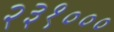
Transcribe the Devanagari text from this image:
२३१०००